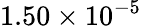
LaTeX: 1.50\times 10^{-5}